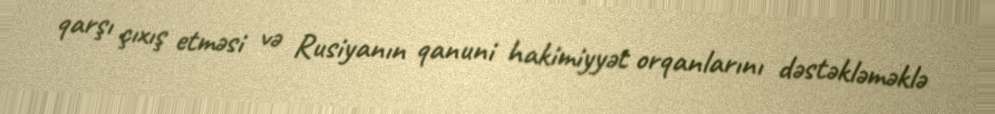
qarşı çıxış etməsi və Rusiyanın qanuni hakimiyyət orqanlarını dəstəkləməklə